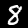
Label: 8